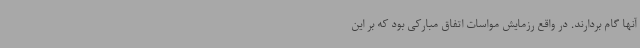
آنها گام بردارند. در واقع رزمایش مواسات اتفاق مبارکی بود که بر این